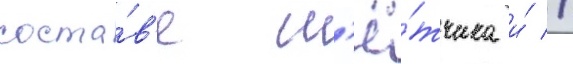
соста́в'е л'ё́тчика и́ //